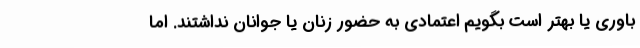
باوری یا بهتر است بگویم اعتمادی به حضور زنان یا جوانان نداشتند. اما